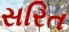
સરિત